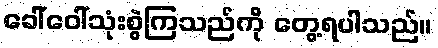
ခေါ်ဝေါ်သုံးစွဲကြသည်ကို တွေ့ရပါသည်။